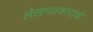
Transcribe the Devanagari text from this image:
लेखनप्रकाराचे